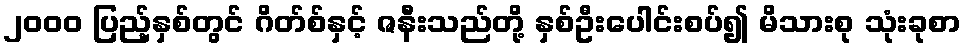
၂၀၀၀ ပြည့်နှစ်တွင် ဂိတ်စ်နှင့် ဇနီးသည်တို့ နှစ်ဦးပေါင်းစပ်၍ မိသားစု သုံးခုစာ